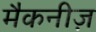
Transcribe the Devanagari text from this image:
मैकनीज़